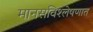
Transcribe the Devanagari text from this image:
मानसविश्लेषणात